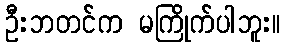
ဦးဘတင်က မကြိုက်ပါဘူး။